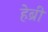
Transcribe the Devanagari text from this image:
हेब्री